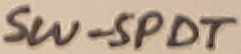
Text: SW-SPDT